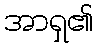
အာရှ၏